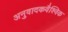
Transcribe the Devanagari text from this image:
अनुवादकवैश्विक